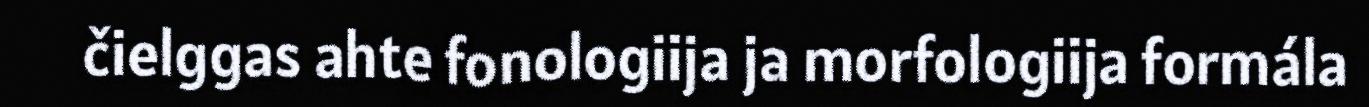
čielggas ahte fonologiija ja morfologiija formála